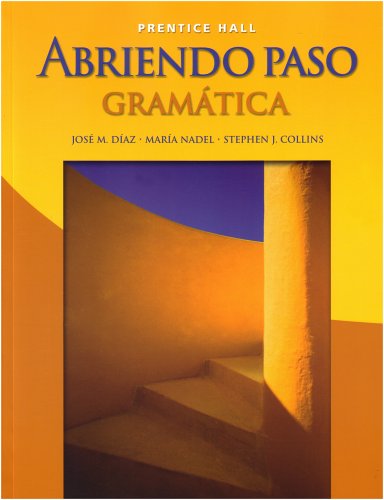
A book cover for Abriendo Paso: Gramatica, Student Edition; Jose M. Diaz; Teen & Young Adult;